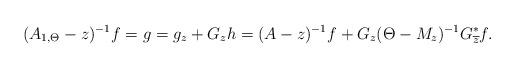
LaTeX: \begin{align*}(A_{1,\Theta}-z)^{-1}f=g=g_z+G_z h=(A-z)^{-1}f+G_z(\Theta-M_z)^{-1}G^*_{\overline z}f.\end{align*}